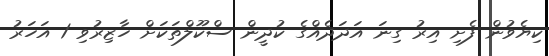
ކިޔެވުން ފެށި އިރު ގިނަ އަދަދެއްގެ ކުދީން ސްކޫލްތަކަށް ހާޒިރުވި 1 އަހަރު